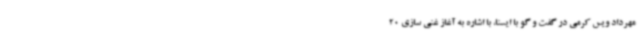
مهرداد ویس کرمی در گفت و گو با ایسنا، با اشاره به آغاز غنی سازی 20